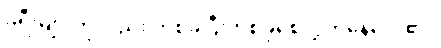
ခရီးများကိုလည်း တစ်ခုပြီးတစ်ခုစေလွှတ်နေလေ၏။